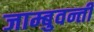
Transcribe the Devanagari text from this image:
जाम्बुवन्ती